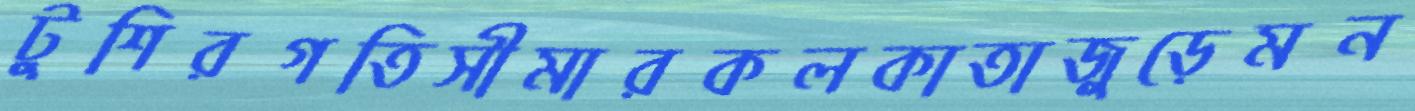
টুশিরগতিসীমারকলকাতাজুড়েমন